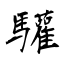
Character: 驩